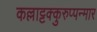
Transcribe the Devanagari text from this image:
कल्लाट्टक्कुरुप्पन्मार